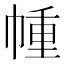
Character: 㡖